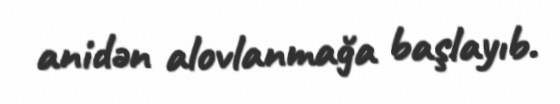
anidən alovlanmağa başlayıb.